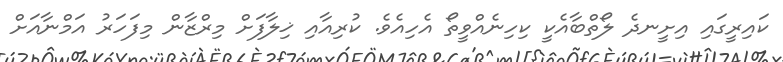
ކައިރީގައި އިށީނދެ ލޯތްބާއެކީ ކިހިނެއްވީތޯ އެހިއެވެ. ކުރިއާއި ޚިލާފަށް މިރްޒާން މިފަހަރު އަމްނާއަށް